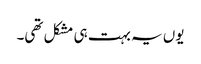
یوں یہ بہت ہی مشکل تھی۔